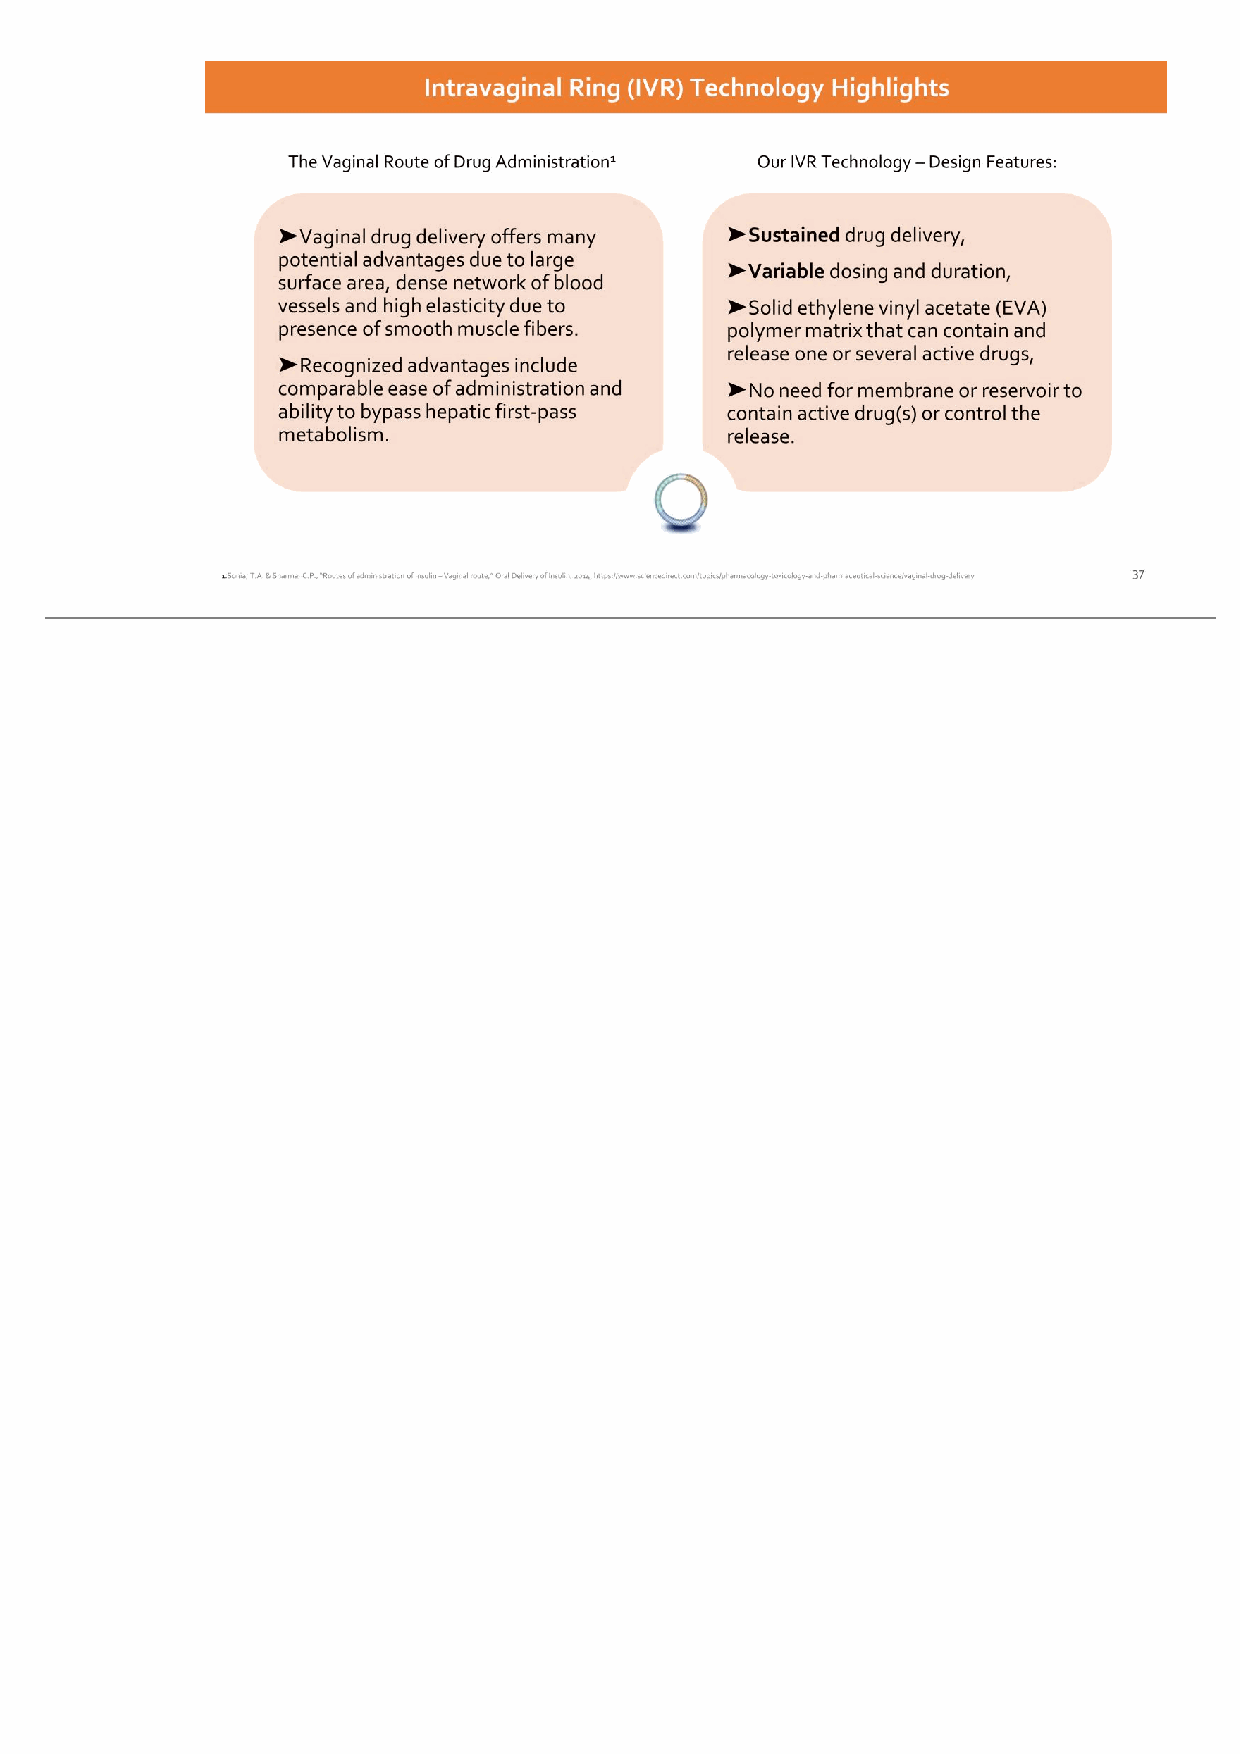
37 Intravaginal Ring (IVR) Technology Highlights ➤Vaginal drug delivery offers many potential advantages due to large surface area, dense network of blood vessels and high elasticity due to presence of smooth muscle fibers. ➤Recognized advantages include comparable ease of administration and ability to bypass hepatic first-pass metabolism. ➤Sustained drug delivery, ➤Variable dosing and duration, ➤Solid ethylene vinyl acetate (EVA) polymer matrix that can contain and release one or several active drugs, ➤No need for membrane or reservoir to contain active drug(s) or control the release. The Vaginal Route of Drug Administration1 Our IVR Technology – Design Features: 1.Sonia, T.A. & Sharma, C.P., “Routes of administration of insulin – Vaginal route,” Oral Delivery of Insulin, 2014, https://www.sciencedirect.com/topics/pharmacology-toxicology-and-pharmaceutical-science/vaginal-drug-delivery